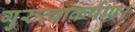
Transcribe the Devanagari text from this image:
गुरुत्वाकर्षण।